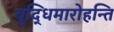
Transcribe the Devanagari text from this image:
बुद्धिमारोहन्ति